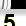
Digit: 5